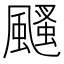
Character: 颾